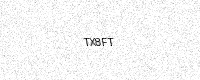
Text: TX8FT